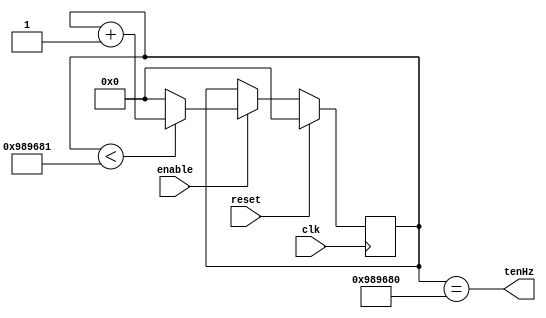
/*
Authored by Elijah Theander
October 28, 2016
tenHzDiv.v
Takes the 100 MHz signal from Basys 3 
and divides it down to a 10Hz signal for timing of modules.

100Mhz/10Hz = x, x = 10_000_000 counts of clock
y*ln(2)=ln(10_000_000), y = 23.25= 24 bits needed.
*/

module tenHzDiv(tenHz,enable,clk,reset);
	output tenHz;       //Ten Hz pulse
	
	input  enable;      //Enable the counter. For our purposes it will be high always.
	input  clk,reset;   
	
	//State and next state variables
	reg [23:0] S,nS;
	
	//State memory
	always @(posedge clk)begin
		if(reset)begin
			S <= 24'd0;
		end
		else begin
			S <= nS;
		end
	end
	
	//Next state
	always @(S,enable)begin
		if(enable)begin
			nS = (S < 24'd10_000_001)? S+1:0;
		end 
		else begin
			nS = S;
		end
	end
	
	assign tenHz = (S == 24'd10_000_000);
	
endmodule

//I will not be writing a test bench for this module
//because I have used this module many times and
//know it works properly.